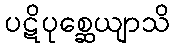
ပဋိပုစ္ဆေယျာသိ